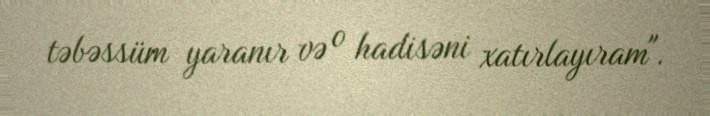
təbəssüm yaranır və o hadisəni xatırlayıram".